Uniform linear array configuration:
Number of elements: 12
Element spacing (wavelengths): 0.75
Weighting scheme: hann
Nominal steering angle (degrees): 30
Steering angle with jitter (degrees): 29.569
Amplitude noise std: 0.05
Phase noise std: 0.05

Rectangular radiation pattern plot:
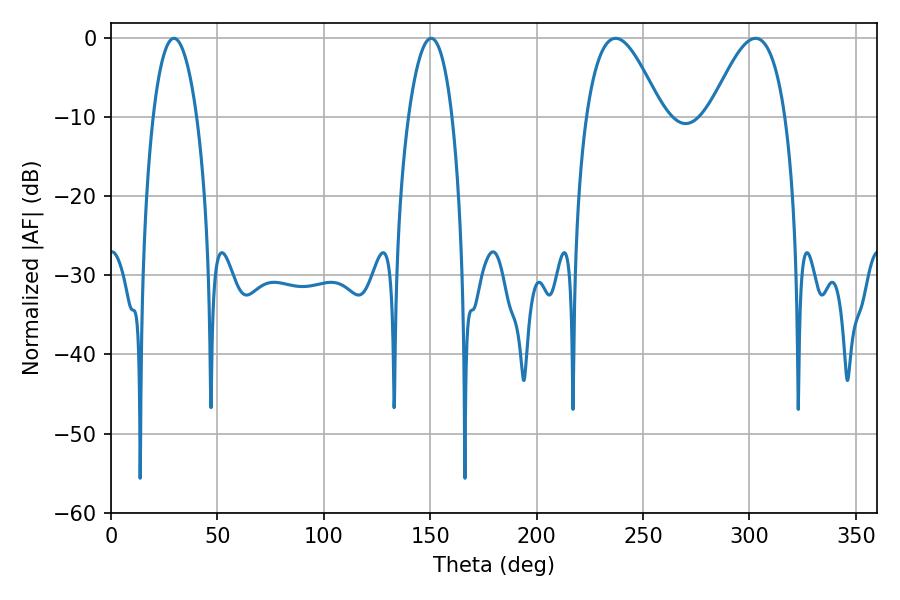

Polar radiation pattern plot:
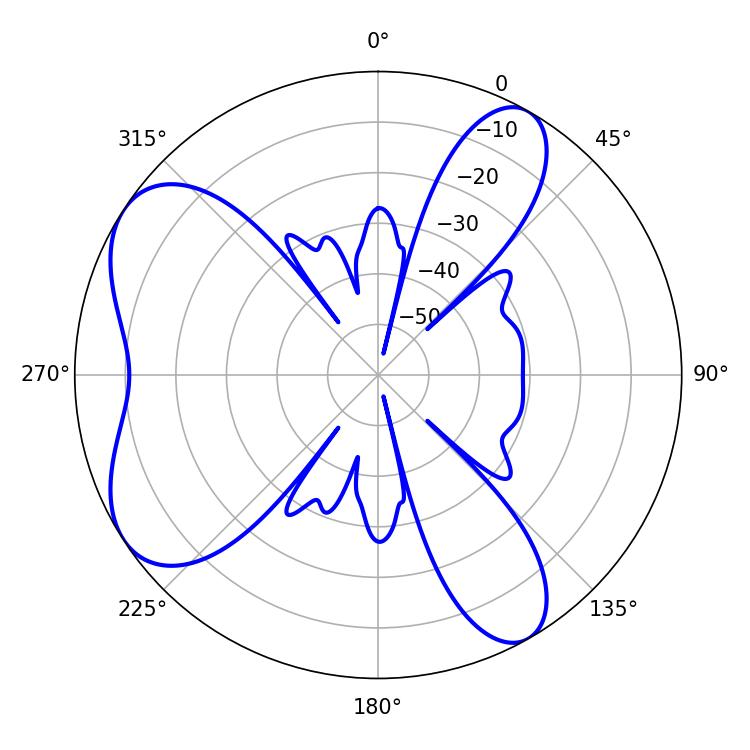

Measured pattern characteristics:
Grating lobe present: TRUE
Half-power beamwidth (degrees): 19.26
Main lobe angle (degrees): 237.06